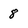
Character: 8